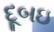
દૂબઇ